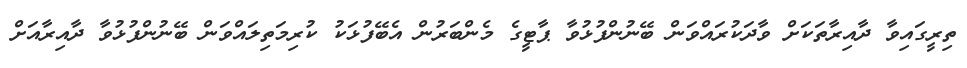
ތިރީގައިވާ ދާއިރާތަކަށް ވާދަކުރައްވަން ބޭނުންފުޅުވާ ޕާޓީގެ މެންބަރުން އެބޭފުޅަކު ކުރިމަތިލައްވަން ބޭނުންފުޅުވާ ދާއިރާއަށް